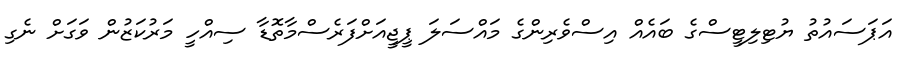
އަޕަސައުތު ޔުޓިލިޓީސްގެ ބައެއް އިސްވެރިންގެ މައްސަލަ ޕީޖީއަށްފަރެސްމާތޮޑާ ސިއްހީ މަރުކަޒުން ވަގަށް ނެގި